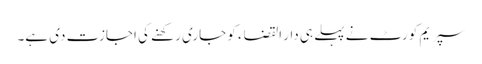
سپریم کورٹ نے پہلے ہی دار القضاء کو جاری رکھنے کی اجازت دی ہے۔